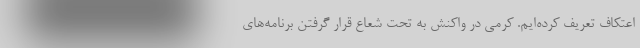
اعتکاف تعریف کرده‌ایم. کرمی در واکنش به تحت شعاع قرار گرفتن برنامه‌های